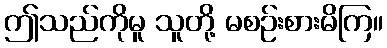
ဤသည်ကိုမူ သူတို့ မစဉ်းစားမိကြ။